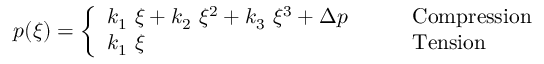
p ( \xi ) = { \left\{ \begin{array} { l l } { k _ { 1 } ~ \xi + k _ { 2 } ~ \xi ^ { 2 } + k _ { 3 } ~ \xi ^ { 3 } + \Delta p } & { \qquad { \mathrm { C o m p r e s s i o n } } } \\ { k _ { 1 } ~ \xi } & { \qquad { \mathrm { T e n s i o n } } } \end{array} \right. }